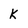
Character: k